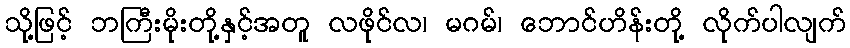
သို့ဖြင့် ဘကြီးမိုးတို့နှင့်အတူ လဖိုင်လ၊ မဂမ်၊ ဘောင်ဟိန်းတို့ လိုက်ပါလျက်